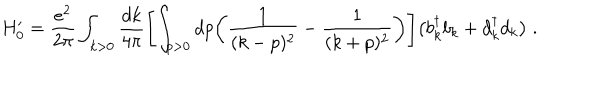
H _ { 0 } ^ { \prime } = { \frac { e ^ { 2 } } { 2 \pi } } \int _ { k > 0 } { \frac { d k } { 4 \pi } } \Biggl [ \int _ { p > 0 } d p \biggl ( { \frac { 1 } { ( k - p ) ^ { 2 } } } - { \frac { 1 } { ( k + p ) ^ { 2 } } } \biggr ) \Biggr ] \bigl ( b _ { k } ^ { \dagger } b _ { k } + d _ { k } ^ { \dagger } d _ { k } \bigr ) \; .